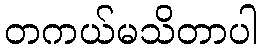
တကယ်မသိတာပါ